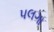
પલગા